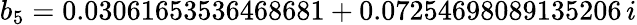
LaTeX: b_{5}=0.03061653536468681+0.07254698089135206\, i